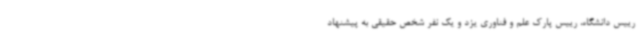
رییس دانشگاه، رییس پارک علم و فناوری یزد و یک نفر شخص حقیقی به پیشنهاد